Annual report on the health of the army in India
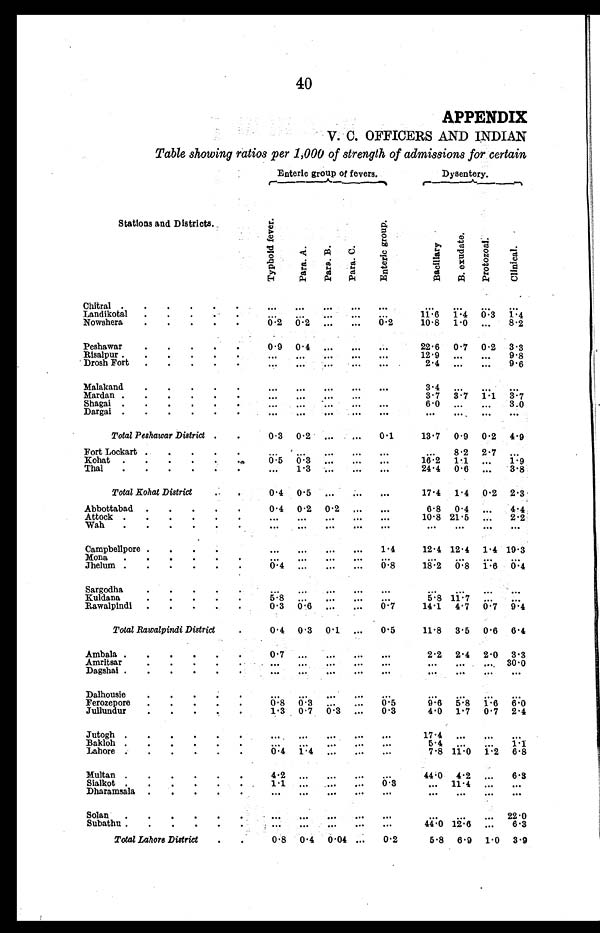
40
APPENDIX
V. C. OFFICERS AND INDIAN
Table showing ratios per 1,000 of strength of admissions for certain
Enteric group of fevers.
Dysentery.
Stations and Districts.
T y p h o l d f e v e r .
P a r a . A .
Par a. B.
P a r a . C .
E n t e r i c g r o u p .
B a c i l l a r y .
B . e x u d a t e .
P r o t o z o a l .
Cl i n i c a l .
Chitral
...
...
...
...
...
. . .
. . . ...
...
Landikotal
...
. . .
...
...
...
1 1 . 6
1 . 4
0 . 3 1.4
Nowshera
0 . 2
0 . 2 ...
...
0.2
10.8 1.0
...
8.2
Peshawar
0 . 9 0. 4
...
...
...
22.6 0.7
0.2 3.3
Risalpur
. . .
. . .
...
...
...
12.9
. . .
...
9.8
Drosh Fort
. . .
. . .
...
...
...
2.4 ...
...
9.6
Malakand
. . .
...
...
...
...
3.4
. . .
...
...
Mardan
...
. . .
...
...
3.7 3.7
1.1
3.7
Shagai
. . .
. . .
...
...
...
6.0
. . .
...
3.0
Dargai
. . .
. . .
...
...
...
...
...
...
...
Total Peshawar District
0.3 0.2
...
...
0.1
13.7 0.9
0.2
4.9
Fort Lockart
...
. . . ...
...
...
. . . 8.2
2.7
...
Kohat
0.5
0 . 3 ...
...
...
16.2 1.1
...
1.9
Thal
...
1 . 3 ...
...
...
24.4
0 . 6 ...
3.8
Total Kohat District
0.4 0.5
...
...
...
17.4 1.4
0.2
2.3
Abbottabad
0 . 4 0.2
0.2
...
...
6 . 8
0 . 4
...
4.4
Attock
. . .
. . .
...
...
...
1 0 . 8
2 1 . 5
...
2.2
Wah
...
...
...
...
...
. . .
. . .
...
...
Campbellpore
...
...
...
...
1.4
12.4 12.4
1.4 19.3
Mona
...
. . .
...
... ...
. . .
. . .
...
...
Jhelum
0 . 4
. . .
...
...
0.8
18.2
0 . 8 1.6
0.4
Sargodha
...
. . . ...
...
...
. . .
. . . ...
...
Kuldana
5.8
. . . ...
...
...
5 . 8
1 1 . 7 ...
...
Rawalpindi
0.3 0.6
...
...
0. 7
14.1 4.7
0.7
9.4
Total Rawalpindi District
0.4 0.3
0.1
...
0.5
11.8 3.5
0.6 6.4
Ambala
0 . 7
. . . ...
...
...
2.2 2.4
2.0
3.3
Amritsar
. . .
. . . ...
...
...
. . .
. . .
...
30.0
Dagshai
. . .
. . . ...
...
...
. . . ...
...
...
Dalhousie
. . .
. . . ...
...
...
. . .
. . . ...
...
Ferozepore
0 . 8
0 . 3 ...
... 0.5
9 . 6
5 . 8 1.6
6 . 0
Jullundur
1.3 0.7
0.3
...
0.3
4.0 1.7
0.7
2.4
Jutogh
. . .
. . .
...
...
...
17.4
. . .
. . .
. . .
Bakloh
. . .
. . . ...
...
...
5 . 4
. . .
. . .
1.1
Lahore
0.4 1.4
...
...
...
7 . 8 11.0 1.2
6.8
Multan
4.2
...
...
...
...
44.0 4.2
. . .
6.3
Sialkot
1 . 1
. . .
...
...
0.3
. . .
1 1 . 4
. . . ...
Dharamsala
...
...
. . .
...
. . .
...
...
...
. . .
Solan
. . .
. . .
...
...
...
. . . . . .
...
22.0
Subathu
. . .
. . . ...
...
...
44.0 12.6 ...
6.3
Total Lahore District
0.8 0.4
0.04 ...
0.2
5.8 6.9 1.0
3.9